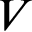
V